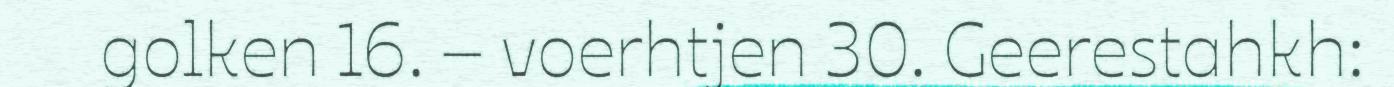
golken 16. – voerhtjen 30. Geerestahkh: